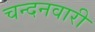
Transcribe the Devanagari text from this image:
चन्दनवारी